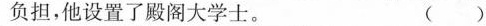
负担，他设置了殿阁大学士。 ()